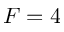
F = 4